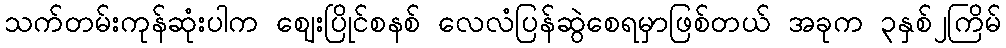
သက်တမ်းကုန်ဆုံးပါက ဈေးပြိုင်စနစ် လေလံပြန်ဆွဲစေရမှာဖြစ်တယ် အခုက ၃နှစ်၂ကြိမ်